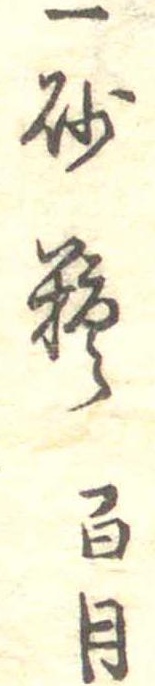
一砂糖百目